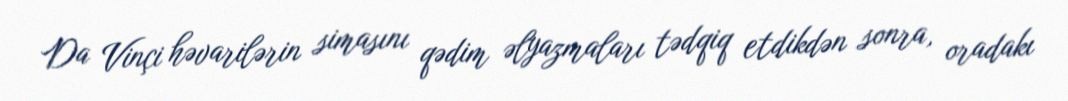
Da Vinçi həvarilərin simasını qədim əlyazmaları tədqiq etdikdən sonra, oradakı